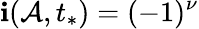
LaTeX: \mathbf{i}(\mathcal{{A}},t_{*})=(-1)^{\nu}